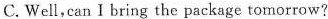
C. Well,can I bring the package tomorrow?